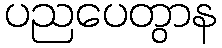
ပညပေတွာန